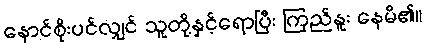
နောင်စိုးပင်လျှင် သူတို့နှင့်ရောပြီး ကြည်နူး နေမိ၏။